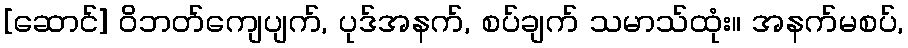
[ဆောင်] ဝိဘတ်ကျေပျက်, ပုဒ်အနက်, စပ်ချက် သမာသ်ထုံး။ အနက်မစပ်,